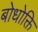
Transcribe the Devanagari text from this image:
बोधोक्ति